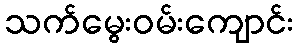
သက်မွေးဝမ်းကျောင်း